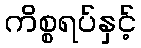
ကိစ္စရပ်နှင့်